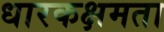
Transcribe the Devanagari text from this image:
धारकक्षमता